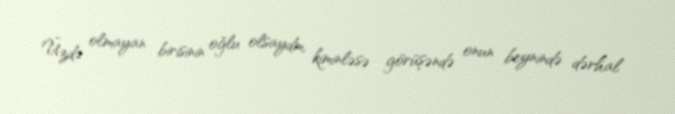
Üzdə olmayan birisinin oğlu olsaydm, kiminləsə görüşəndə onun beynində dərhal